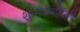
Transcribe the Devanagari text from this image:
शासंप्रणालीतील